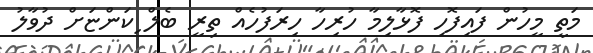
މަތީ މީހުން ފައިފޮހި ފޮޅާލިމާ ހުރިހާ ހިރަފުހެއް ތިރީ ބެލް ިކަންޏަށް ދުވާލު